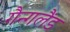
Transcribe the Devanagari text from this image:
गैन्गलैंड